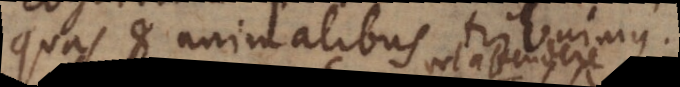
quae et animalibus tribuimus.